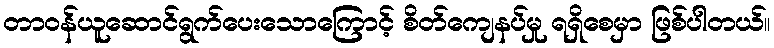
တာဝန်ယူဆောင်ရွက်ပေးသောကြောင့် စိတ်ကျေနပ်မှု ရရှိစေမှာ ဖြစ်ပါတယ်။